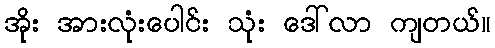
အိုး အားလုံးပေါင်း သုံး ဒေါ်လာ ကျတယ်။